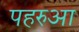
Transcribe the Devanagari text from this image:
पहरुआ